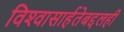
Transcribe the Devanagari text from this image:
विश्‍वासार्हतेबद्दलही